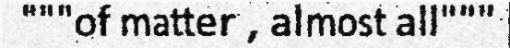
"""of matter , almost all"""